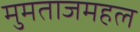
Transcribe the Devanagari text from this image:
मुमताजमहल